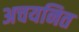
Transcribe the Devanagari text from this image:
अचयनित